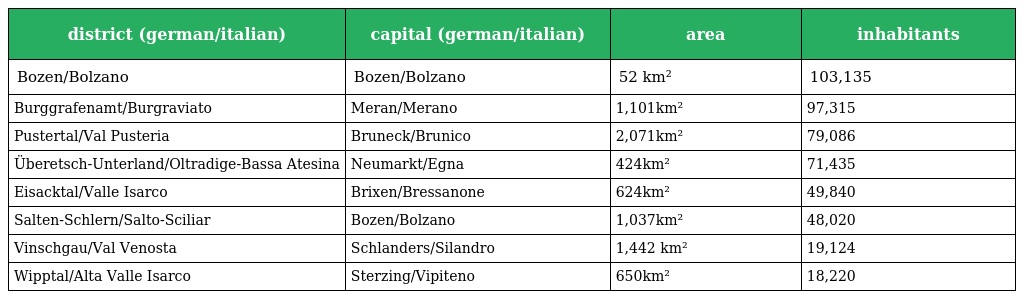
| district (german/italian) | capital (german/italian) | area | inhabitants |
 | --- | --- | --- | --- |
 | Bozen/Bolzano | Bozen/Bolzano | 52 km² | 103,135 |
 | Burggrafenamt/Burgraviato | Meran/Merano | 1,101km² | 97,315 |
 | Pustertal/Val Pusteria | Bruneck/Brunico | 2,071km² | 79,086 |
 | Überetsch-Unterland/Oltradige-Bassa Atesina | Neumarkt/Egna | 424km² | 71,435 |
 | Eisacktal/Valle Isarco | Brixen/Bressanone | 624km² | 49,840 |
 | Salten-Schlern/Salto-Sciliar | Bozen/Bolzano | 1,037km² | 48,020 |
 | Vinschgau/Val Venosta | Schlanders/Silandro | 1,442 km² | 19,124 |
 | Wipptal/Alta Valle Isarco | Sterzing/Vipiteno | 650km² | 18,220 |